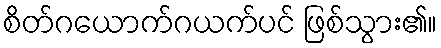
စိတ်ဂယောက်ဂယက်ပင် ဖြစ်သွား၏။